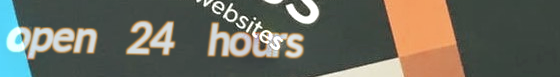
open 24 hours